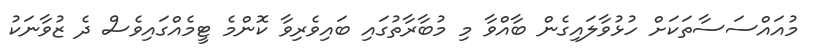
މުއައްސަސާތަކަށް ހުޅުވާލައިގެން ބާއްވާ މި މުބާރާތުގައި ބައިވެރިވާ ކޮންމެ ޓީމެއްގައިވެސް ދެ ޒުވާނަކު